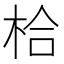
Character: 㭘